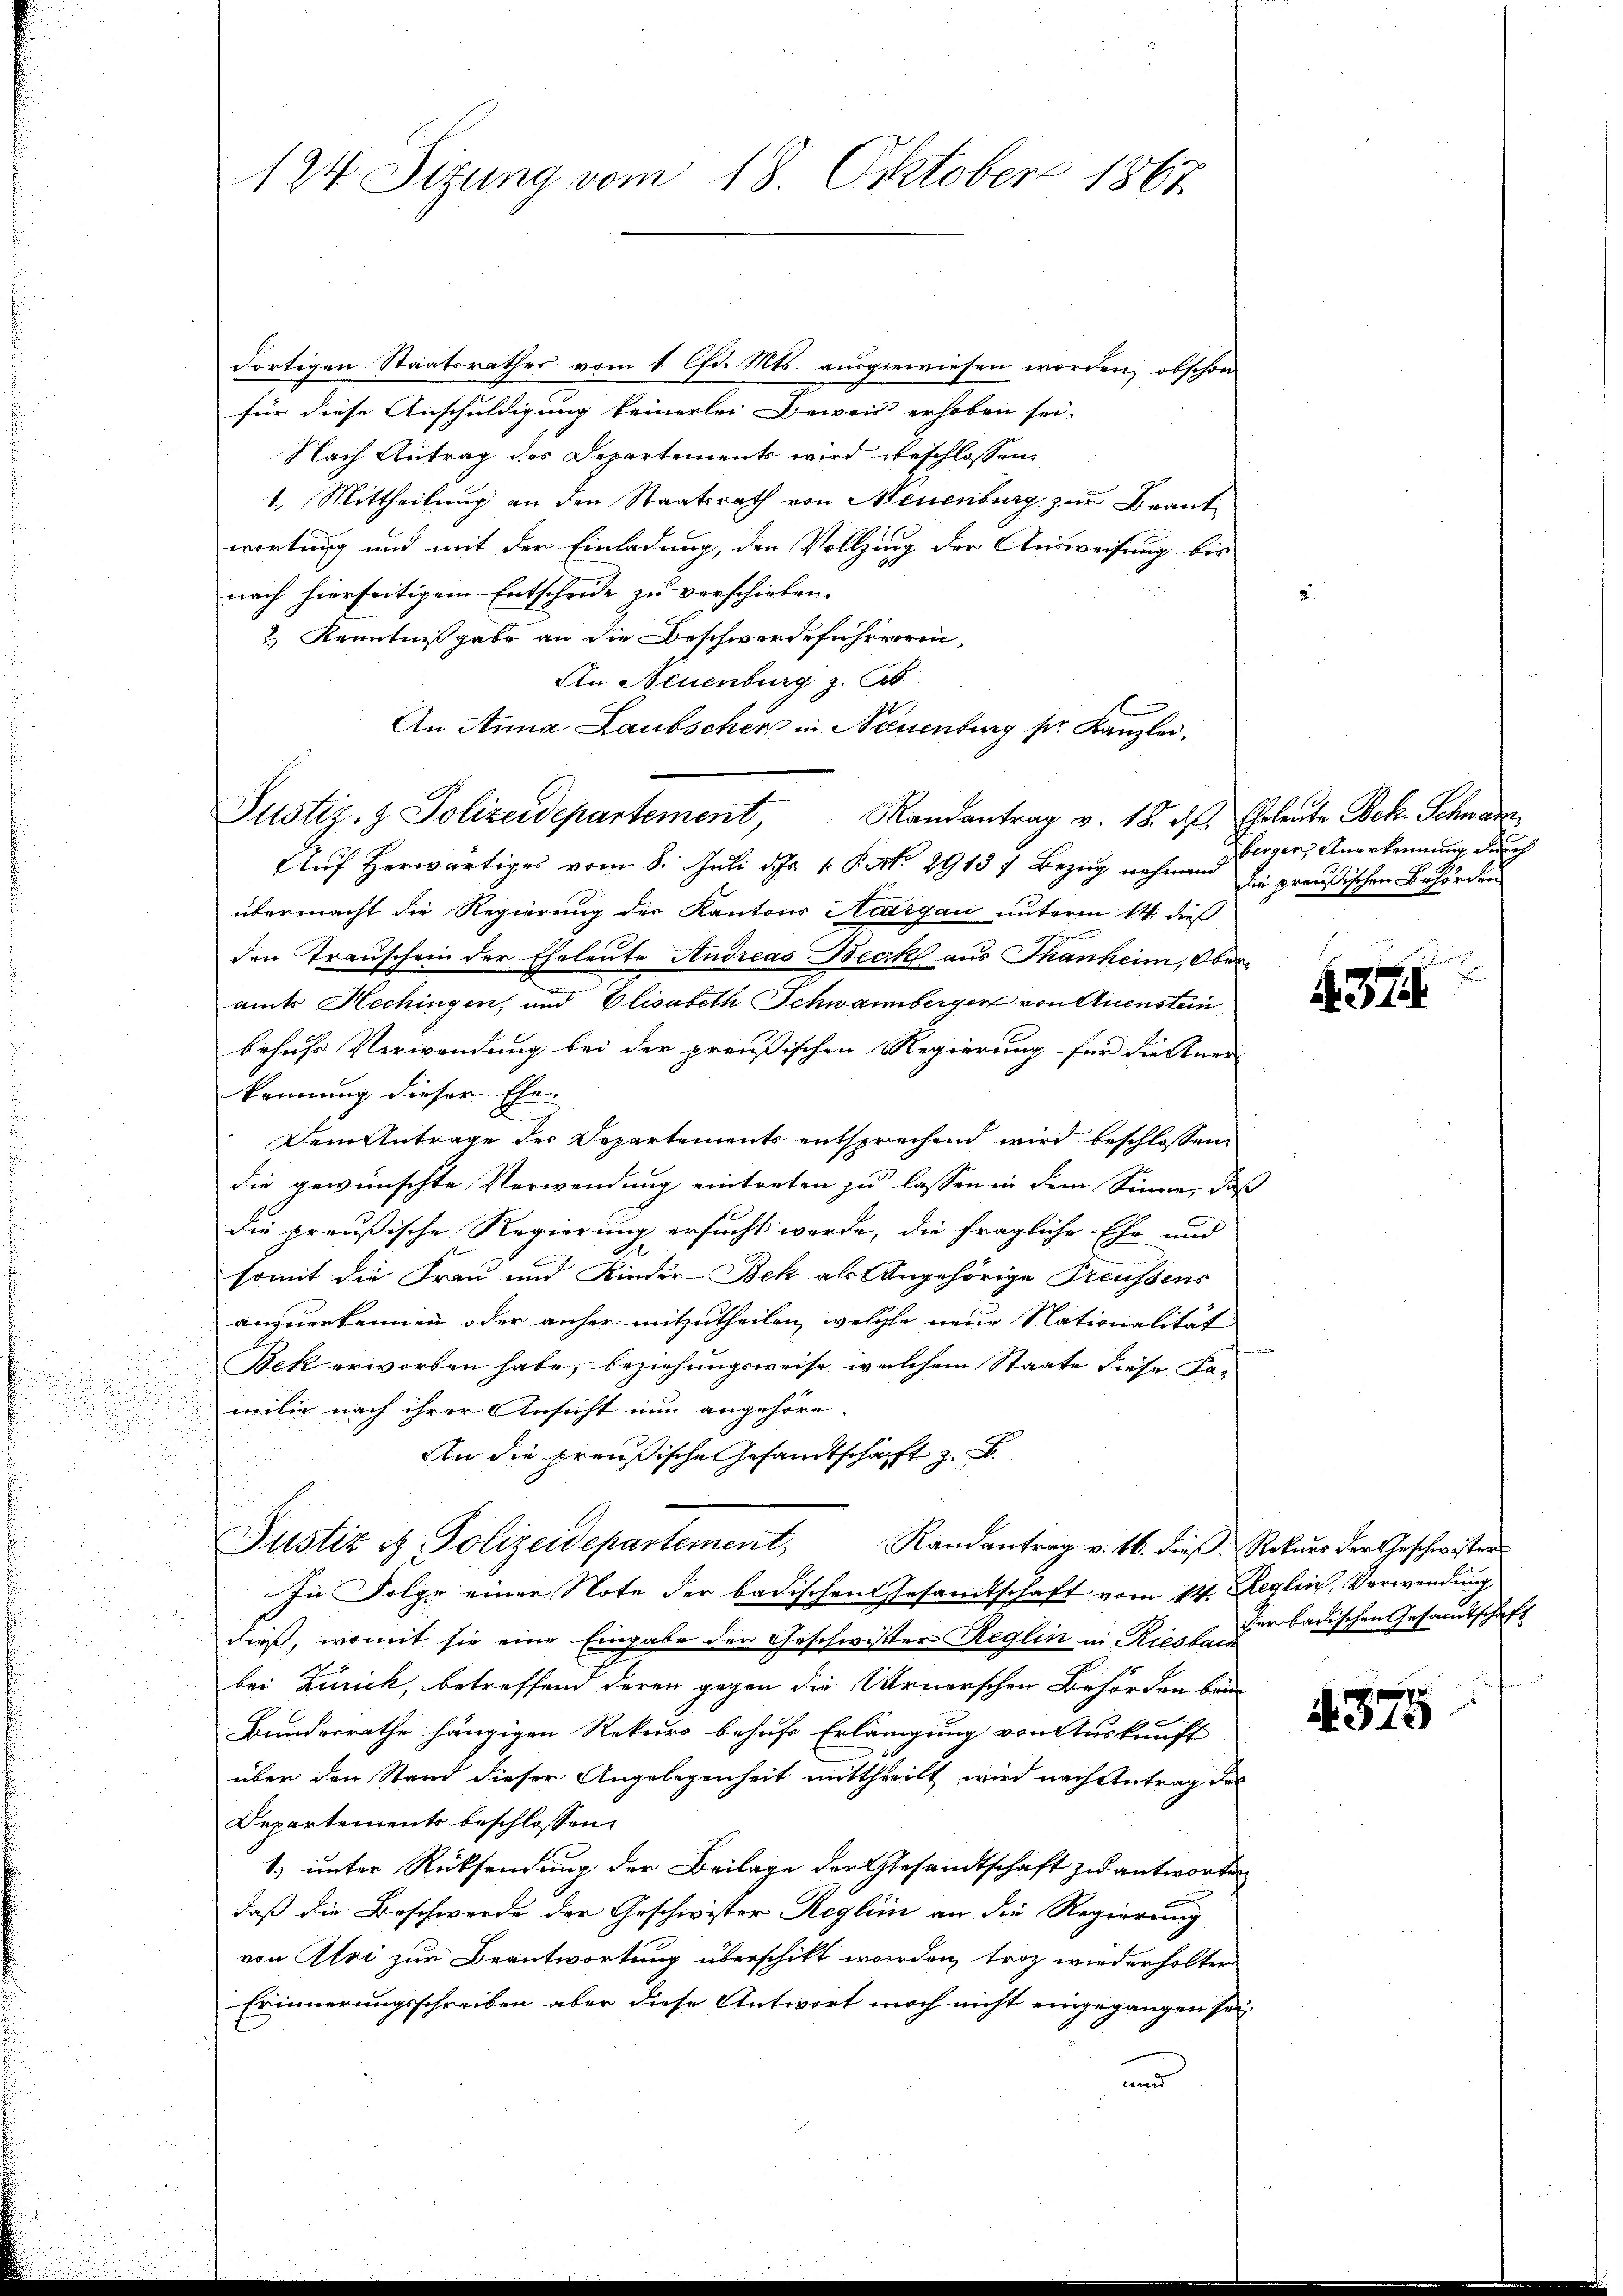
dortigen Staatsrathes vom 1. lfd. Mts. ausgewiesen worden, obschon
für diese Anschuldigung keinerlei Beweis erhoben sei.
Nach Antrag des Departements wird beschlossen:
1. Mittheilung an den Staatsrath von Neuenburg zur Beantwortung und mit der Einladung, den Vollzung der Ausweisung bis
nach hierseitigem Entscheide zu verschieben.
2) Kenntnißgabe an die Beschwerdeführerin,
An Neuenburg z. B.
An Anna Laubscher in Neuenburg pr. Kanzlei.
Justiz- & Polizeidepartement, Mandantrag v. 18. d. Eheleute Bek. Schwarz
Auf herwärtiges vom 8. Juli d. Js. 1. Pert. 2913 f Bezug nehmend
übermacht die Regierung der Kantons Natigau unterm 14. dieß
den Transchein der Eheleute Andreas Beck aus Thanheim, Oberamts Hechingen, und Elisabeth Schwammberger von Quenstein
behufs Verwendung bei der preußischen Regierung für die Aner
kennung dieser Ehen
Dem Antrage der Departements entsprechend wird beschlossen,
die gewünschte Verwendung eintreten zu lassen in dem Sinne, das
die preußische Regierung ersucht werde, die fragliche Ehe und
somit die Frau und Kinder Bek als Angehörige Treussens
anzuerkennen oder anher mitzutheilen, welche neue Nationalität
Bek erworben habe, beziehungsweise welchem Staate diese Fa-
milie nach ihrer Ansicht nun angehöre.
An die preußische Gesandtschaft z. B.
Justiz & Polizeidepartement, Randantrag v. 16. dieβ. Rekŭrs der Geschwisters
In Folge einer Note der badischen Gesandtschaft vom 14. Reglen, Verwendung
dieß, womit sie eine Eingabe der Geschwister Reglin in Riesbach
bei Zurick, betreffend deren gegen die Urnerschen Behörden bei
Bundesrathe hängigen Rekurs behufe Erlängung von Auskunft
über den Stand dieser Angelegenheit mittheilt wird nach Antrag des
Departements beschlossen:
1) unter Rücksendung der Beilage der Gesandtschaft zu antworten
daß die Beschwerde der Geschwister Reglein an die Regierung
von Alvi zur Beantwortung überschikt worden, troz wiederholter
Erinnerungsschreiben aber diese Antwort noch nicht eingegangen sei.
und

124 Sizung vom 18. Oktober 1867

berger Anerkennung durch
die preußischen Behörden

.37

der badischen Gesandtschaft

e
4379